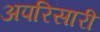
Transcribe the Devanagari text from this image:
अपरिसारी